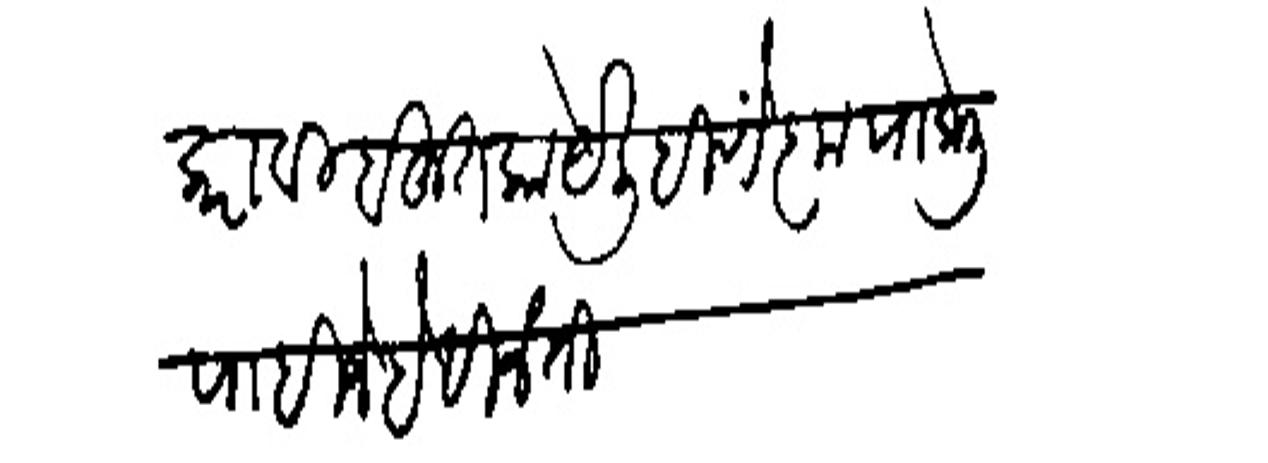
Transliteration (Devanagari): करावी बहुत काये लिहिणें कृपा केली पाहिजे है विनंती